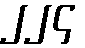
၂၂၄